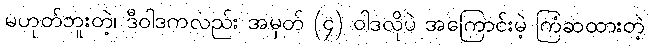
မဟုတ်ဘူးတဲ့၊ ဒီဝါဒကလည်း အမှတ် (၄) ဝါဒလိုပဲ အကြောင်းမဲ့ ကြံဆထားတဲ့